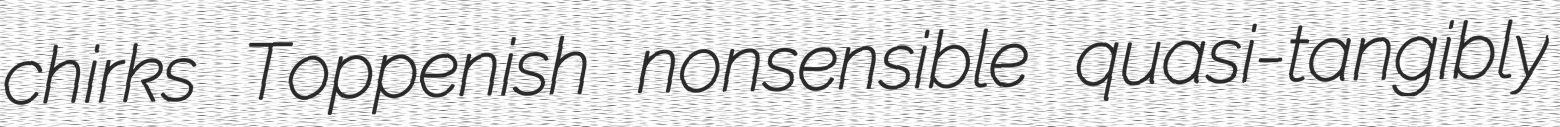
chirks Toppenish nonsensible quasi-tangibly